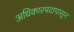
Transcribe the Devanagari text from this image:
अधिकारपदापासून